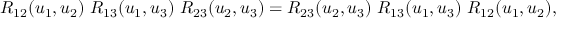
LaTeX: R _ { 1 2 } ( u _ { 1 } , u _ { 2 } ) \ R _ { 1 3 } ( u _ { 1 } , u _ { 3 } ) \ R _ { 2 3 } ( u _ { 2 } , u _ { 3 } ) = R _ { 2 3 } ( u _ { 2 } , u _ { 3 } ) \ R _ { 1 3 } ( u _ { 1 } , u _ { 3 } ) \ R _ { 1 2 } ( u _ { 1 } , u _ { 2 } ) ,